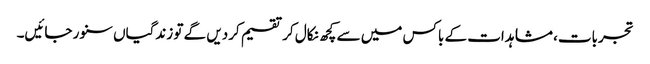
تجربات، مشاہدات کے باکس میں سے کچھ نکال کر تقسیم کردیں گے تو زندگیاں سنور جائیں۔